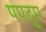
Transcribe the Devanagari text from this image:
पपदुम